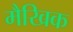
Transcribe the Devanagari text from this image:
मैखिक